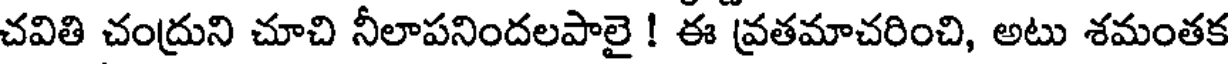
చవితి చంద్రుని చూచి నీలాపనిందలపాలై ! ఈ వ్రతమాచరించి, అటు శమంతక